Civil Veterinary Department. Madras. Admin. report 1926-33 - 1926-1933
Year: 1926
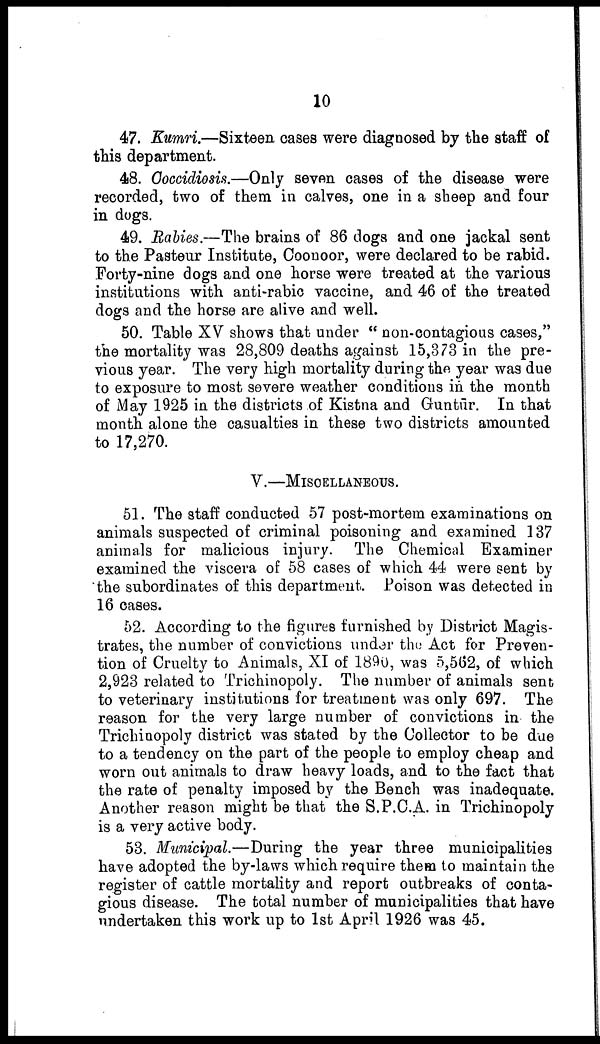
10
47. Kumri.—Sixteen oases were diagnosed by the staff of
this department.
48. Ooccidiosis.—Only seven oases of the disease were
recorded, two of them in calves, one in a sheep and four
in dogs.
49. Babies.—The brains of 86 dogs and one jackal sent
to the Pasteur Institute, Coonoor, were declared to be rabid.
Forty-nine dogs and one horse were treated at the various
institutions with anti-rabic vaccine, and 46 of the treated
dogs and the horse are alive and well.
50. Table XV shows that under " non-contagious cases,"
the mortality was 28,809 deaths against 15,373 in the pre
vious year. The very high mortality during the year was due
to exposure to most severe weather conditions in the month
of May 1925 in the districts of Kistna and Gruntūir. In that
month alone the casualties in these two districts amounted
to 17,270.
V.—MISCELLANEOUS.
51. The staff conducted 57 post-mortem examinations on
animals suspected of criminal poisoning and examined 137
animals for malicious injury. The Chemical Examiner
examined the viscera of 58 cases of which 44 were sent by
the subordinates of this department. Poison was detected in
16 cases.
52. According to the figures furnished by District Magis
trates, the number of convictions under the Act for Preven
tion of Cruelty to Animals, XI of 1890, was 5,562, of which
2,923 related to Trichinopoly. The number of animals sent
to veterinary institutions for treatment was only 697. The
reason for the very large number of convictions in the
Trichiuopoly district was stated by the Collector to be due
to a tendency on the part of the people to employ cheap and
worn out animals to draw heavy loads, and to the fact that
the rate of penalty imposed by the Bench was inadequate.
Another reason might be that the S.P.C.A. in Trichinopoly
is a very active body.
53. Municipal.—During the year three municipalities
have adopted the by-laws which require them to maintain the
register of cattle mortality and report outbreaks of conta
gious disease. The total number of municipalities that have
undertaken this work up to 1st April 1926 was 45.